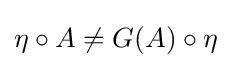
\eta \circ A\neq G(A)\circ \eta